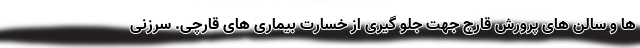
ها و سالن های پرورش قارچ جهت جلو گیری از خسارت بیماری های قارچی. سرزنی